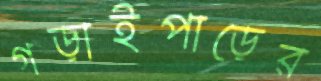
গড়াইপাড়ের